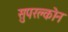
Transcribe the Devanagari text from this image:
सुपरक्लोन